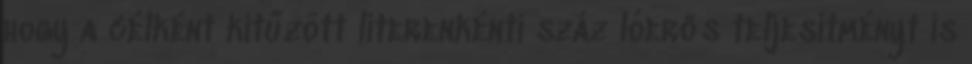
hogy a célként kitűzött literenkénti száz lóerős teljesítményt is